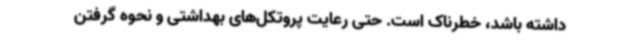
داشته باشد، خطرناک است. حتی رعایت پروتکل‌های بهداشتی و نحوه گرفتن